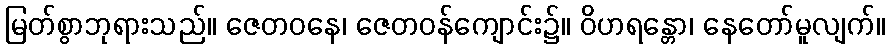
မြတ်စွာဘုရားသည်။ ဇေတဝနေ၊ ဇေတဝန်ကျောင်း၌။ ဝိဟရန္တော၊ နေတော်မူလျက်။